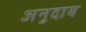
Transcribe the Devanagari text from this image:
अनुदाय